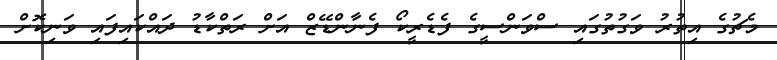
މެޗުގެ އިތުރު ވަގުތުގައި ސްވަންސީގެ ފެޑެރީކޯ ފެނާންޑޭޒް އަށް ރަތްކާޑު ދައްކައިފައި ވަނިކޮށް